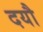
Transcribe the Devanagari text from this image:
दयौ